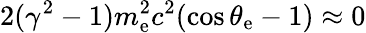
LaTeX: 2(\gamma^{2}-1)m_{\mathrm{e}}^{2}c^{2}(\cos\theta_{\mathrm{e}}-1)\approx0